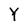
Character: Y